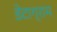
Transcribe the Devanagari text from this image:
डेटाग्राम